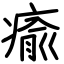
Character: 瘉